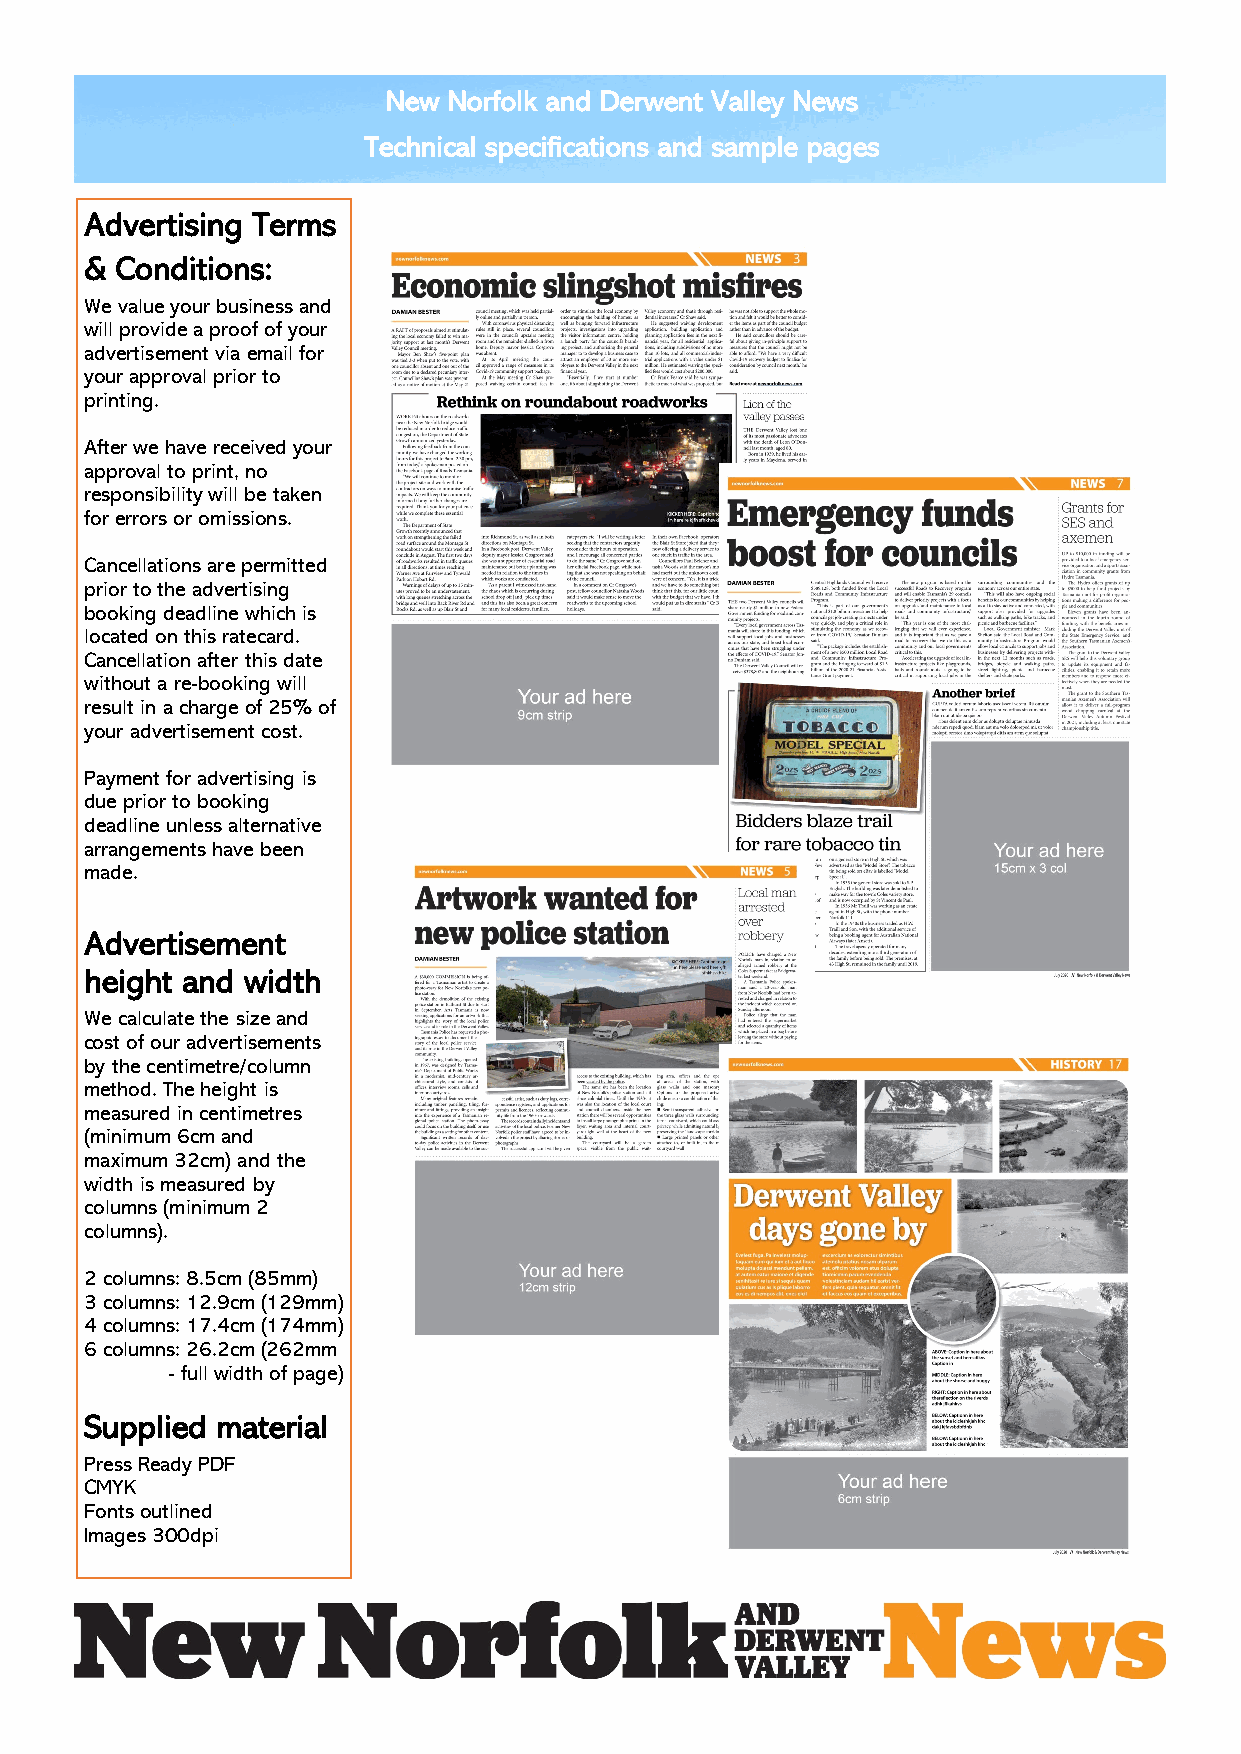
New Norfolk and Derwent Valley News
 Technical specifications and sample pages
 Advertising Terms
 & Conditions:
 We value your business and
 will provide a proof of your
 advertisement via email for
 your approval prior to
 printing.
 After we have received your
 approval to print, no
 responsibility will be taken
 for errors or omissions.
 Cancellations are permitted
 prior to the advertising
 booking deadline which is
 located on this ratecard.
 Cancellation after this date
 without a re-booking will
 result in a charge of 25% of
 your advertisement cost.
 Payment for advertising is
 due prior to booking
 deadline unless alternative
 arrangements have been
 made.
 Advertisement
 height and width
 We calculate the size and
 cost of our advertisements
 by the centimetre/column
 method. The height is
 measured in centimetres
 (minimum 6cm and
 maximum 32cm) and the
 width is measured by
 columns (minimum 2
 columns).
 2 columns: 8.5cm (85mm)
 3 columns: 12.9cm (129mm)
 4 columns: 17.4cm (174mm)
 6 columns: 26.2cm (262mm
 - full width of page)
 Supplied material
 Press Ready PDF
 CMYK
 Fonts outlined
 Images 300dpi